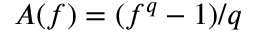
A ( f ) = ( f ^ { q } - 1 ) / q